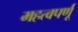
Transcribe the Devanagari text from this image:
महत्वपर्णू